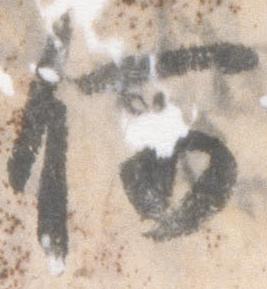
何